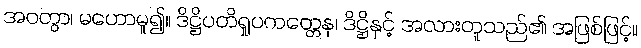
အဝတွာ၊ မဟောမူ၍။ ဒိဋ္ဌိပတိရှုပကတ္တေန၊ ဒိဋ္ဌိနှင့် အလားတူသည်၏ အဖြစ်ဖြင့်။